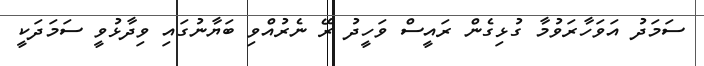
ސަމަދު އަވަހާރަވުމާ ގުޅިގެން ރައީސް ވަހީދު ރޭ ނެރުއްވި ބަޔާނުގައި ވިދާޅުވީ ސަމަދަކީ